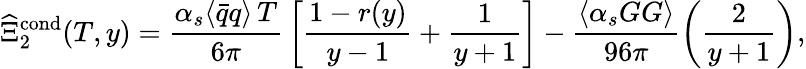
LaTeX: \widehat{\Xi}_{2}^{\mathrm{cond}}(T,y)={\frac{\alpha_{s}\langle\bar{q}q\rangle\, T}{6\pi}}\, \bigg[{\frac{1-r(y)}{y-1}}+{\frac{1}{y+1}}\bigg]-{\frac{\langle\alpha_{s}GG\rangle}{96\pi}}\bigg({\frac{2}{y+1}}\bigg),